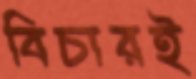
বিচারই